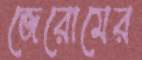
জেরোমের